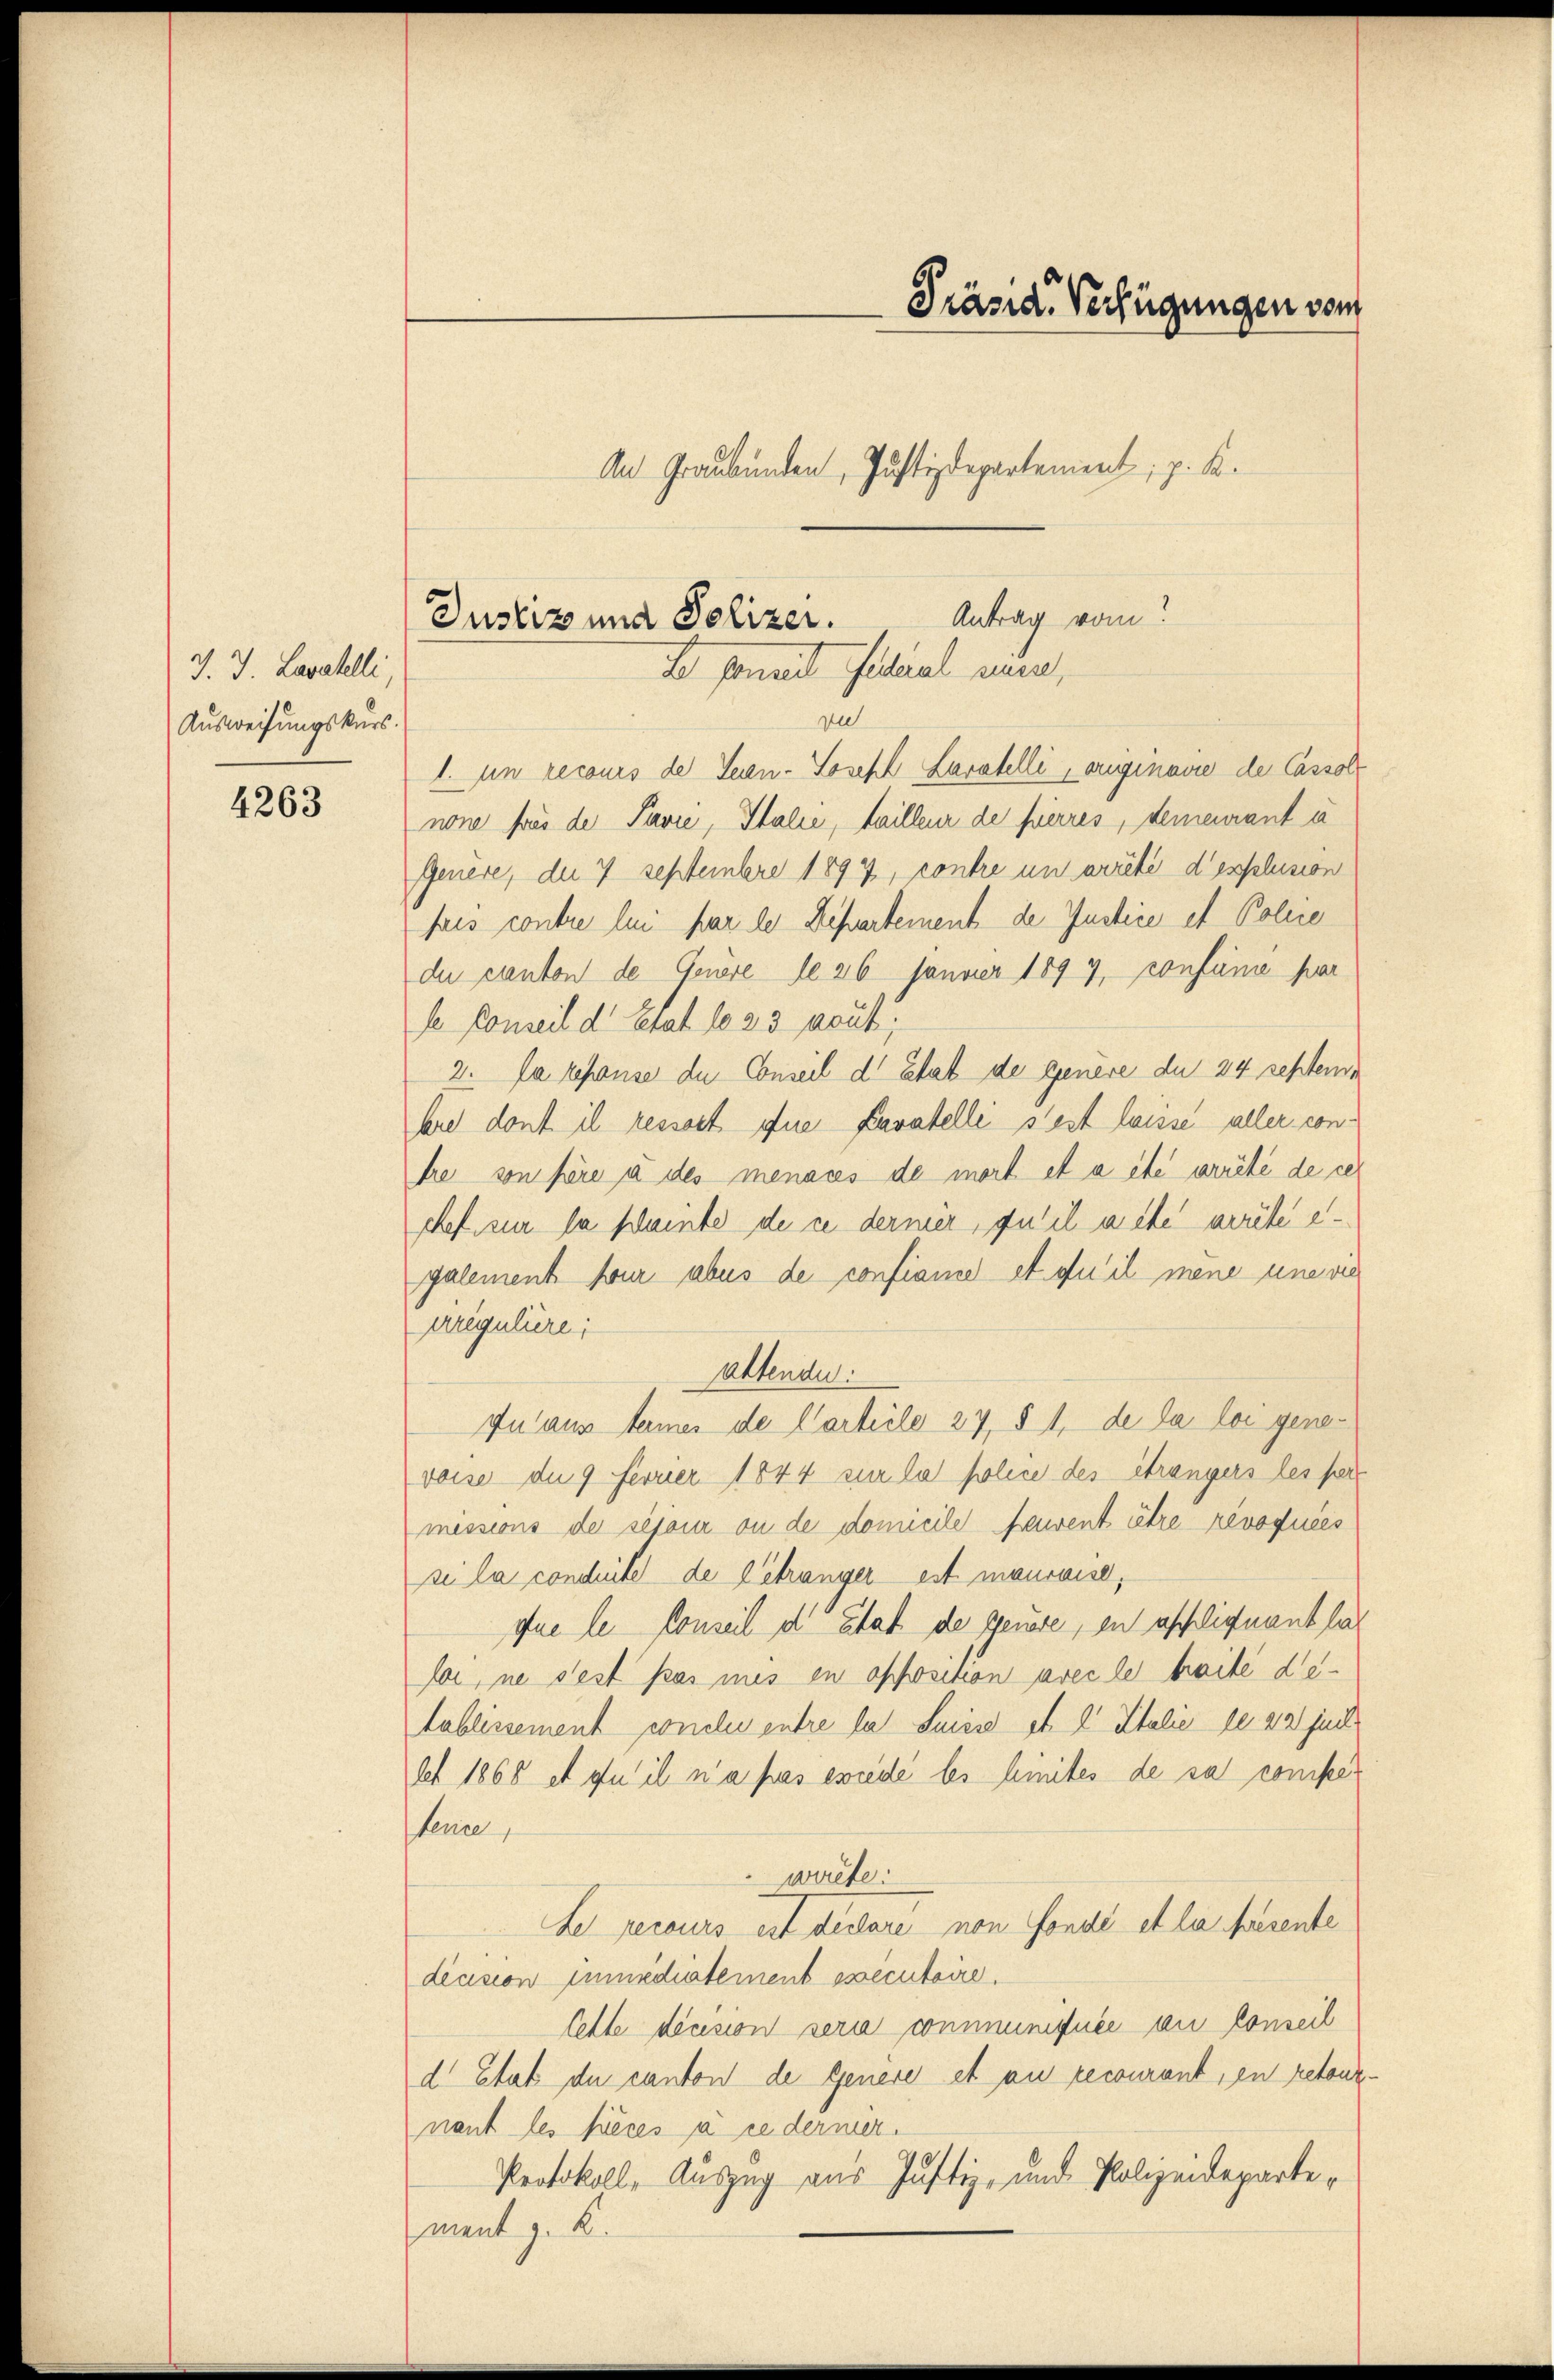
J. J. Lavatelli,
Ausweisungskurs.

4263

zu
1. in recours de Seien-Loseph Laratelli, originavie der Cassol
non für der Pavie, Italie, Failleur de fierres, demeurant à
Genere, die 7 Septembre 1897, contre un arrêté d’esplusion
suis contre lui par les Repartement de Justice et Police
du canton de Genere de 26 Jänner 1897, confame par
se Conseil d’Etat 1833 peut,
2. La repanse die Conseil d. Etat de genere du 24 sehende
bre dont il ressort die Karatelle s’est laisse aller conhre von höre a des menaces de mort et a été arrêté de cer
chef sie la scheinte de ce derner furil acte arrête egalement four abus de confiane et qu’il mene une vie
Areguliere:
altende:
In aus termes de Carteile 27, § 1, de la loi genevoise die 9 Ferier 1844 zur la police des étrangers les for
messions de sesour ou de domicile Ewent être revoquées
si la conduite de l’étranger est mauvaise,
que le Conseil d. Stat de genere, en afflignant las
be, ne sest pas mis in opposition avec le faite detablissement conclus entre la Suisse et 2 Italie le 22 Juch
let 1868 et qu’il n’a pas ewiede les hintes de sa compeferire
warte:
Le percurs est declaré non fondé et la présente
decision Mundiatement executoire.
Cette dension sera communiquée au Conseil
d Etat du canton de Genere et au recourant, en retonznant les pièces à ce dermer.
Protokoll, Auszug aus Justiz, und Polizeidepartement z. B.

Präsid. Verfügungen vom
An Graubünden, Justizdepartement, p. K.

Antrag vom
Justiz und Polizei.
Es sonal filial nein,